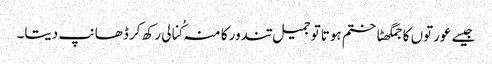
جیسے عورتوں کا جمگھٹاختم ہوتا توجمیل تندور کا منہ کُنالی رکھ کر ڈھانپ دیتا۔